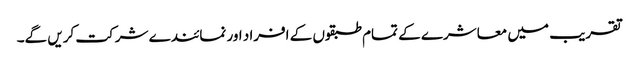
تقریب میں معاشرے کے تمام طبقوں کے افراد اور نمائندے شرکت کریں گے۔